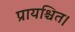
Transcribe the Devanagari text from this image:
प्रायश्चित।